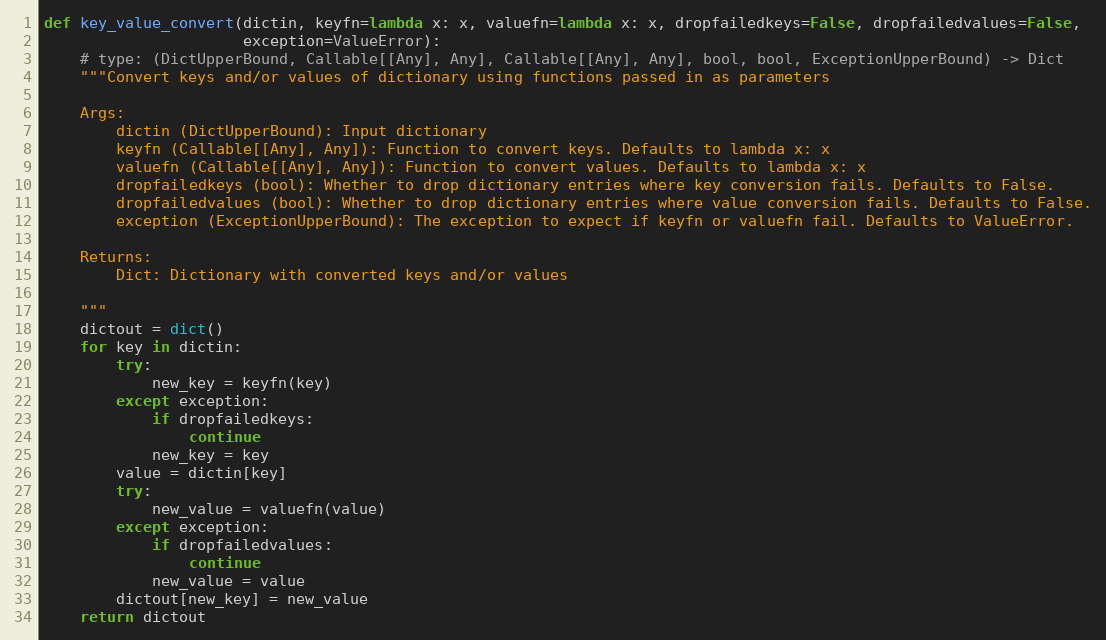
Language: Python
def key_value_convert(dictin, keyfn=lambda x: x, valuefn=lambda x: x, dropfailedkeys=False, dropfailedvalues=False,
                      exception=ValueError):
    # type: (DictUpperBound, Callable[[Any], Any], Callable[[Any], Any], bool, bool, ExceptionUpperBound) -> Dict
    """Convert keys and/or values of dictionary using functions passed in as parameters

    Args:
        dictin (DictUpperBound): Input dictionary
        keyfn (Callable[[Any], Any]): Function to convert keys. Defaults to lambda x: x
        valuefn (Callable[[Any], Any]): Function to convert values. Defaults to lambda x: x
        dropfailedkeys (bool): Whether to drop dictionary entries where key conversion fails. Defaults to False.
        dropfailedvalues (bool): Whether to drop dictionary entries where value conversion fails. Defaults to False.
        exception (ExceptionUpperBound): The exception to expect if keyfn or valuefn fail. Defaults to ValueError.

    Returns:
        Dict: Dictionary with converted keys and/or values

    """
    dictout = dict()
    for key in dictin:
        try:
            new_key = keyfn(key)
        except exception:
            if dropfailedkeys:
                continue
            new_key = key
        value = dictin[key]
        try:
            new_value = valuefn(value)
        except exception:
            if dropfailedvalues:
                continue
            new_value = value
        dictout[new_key] = new_value
    return dictout